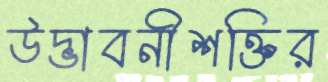
উদ্ভাবনীশক্তির